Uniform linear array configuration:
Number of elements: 64
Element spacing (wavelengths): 0.25
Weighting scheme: binomial
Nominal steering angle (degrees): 0
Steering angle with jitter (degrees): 0.9499
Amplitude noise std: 0.05
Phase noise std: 0.05

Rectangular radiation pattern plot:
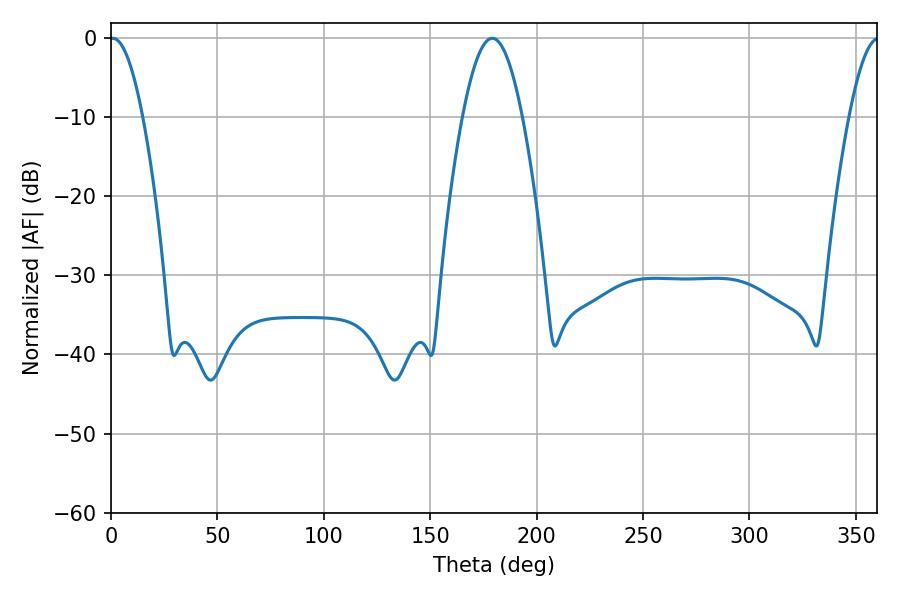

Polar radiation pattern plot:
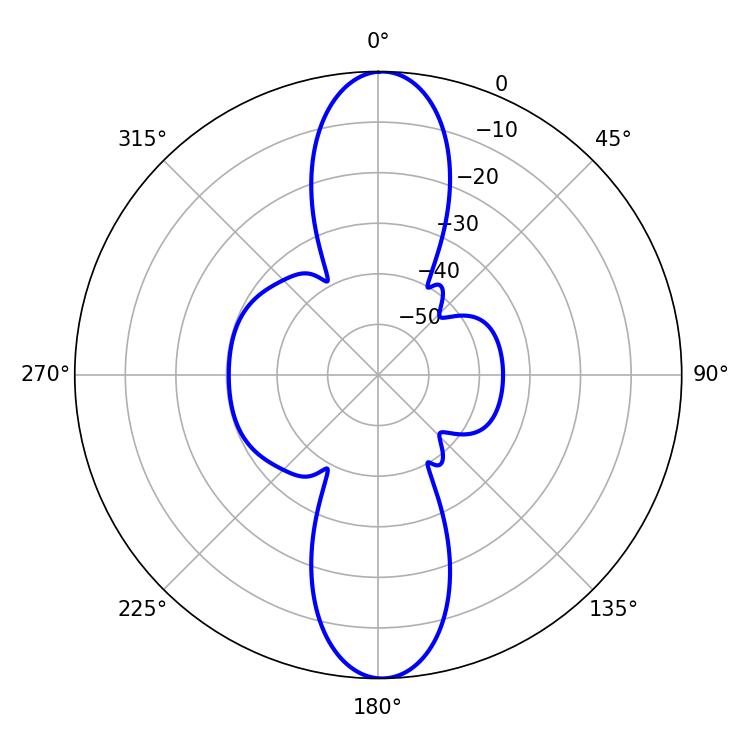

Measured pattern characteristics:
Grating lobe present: FALSE
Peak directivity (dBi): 24.408
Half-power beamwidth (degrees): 8.46
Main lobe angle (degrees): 0.9